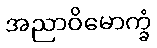
အညာဝိမောက္ခံ